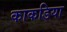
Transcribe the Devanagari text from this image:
काकडिया